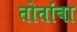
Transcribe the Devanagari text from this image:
तोतांबा